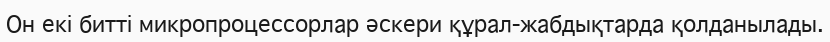
Он екі битті микропроцессорлар әскери құрал-жабдықтарда қолданылады.